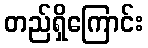
တည်ရှိကြောင်း